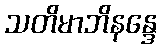
သတိမာဘိနန္ဒေ